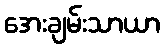
အေးချမ်းသာယာ